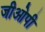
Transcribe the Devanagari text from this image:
जीओपी